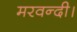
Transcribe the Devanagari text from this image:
मरवन्दी।